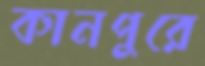
কানপুরে